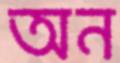
অন